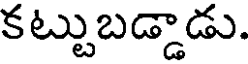
కట్టుబడ్డాడు.